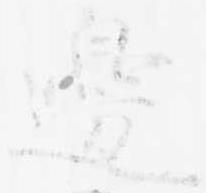
邊